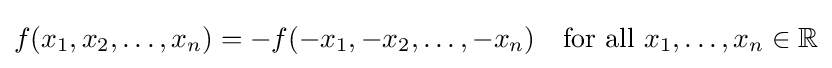
f(x_{1},x_{2},\ldots ,x_{n})=-f(-x_{1},-x_{2},\ldots ,-x_{n})\quad {\text{for all }}x_{1},\ldots ,x_{n}\in \mathbb {R}